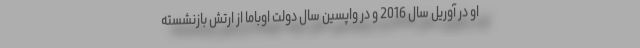
او در آوریل سال 2016 و در واپسین سال دولت اوباما از ارتش بازنشسته